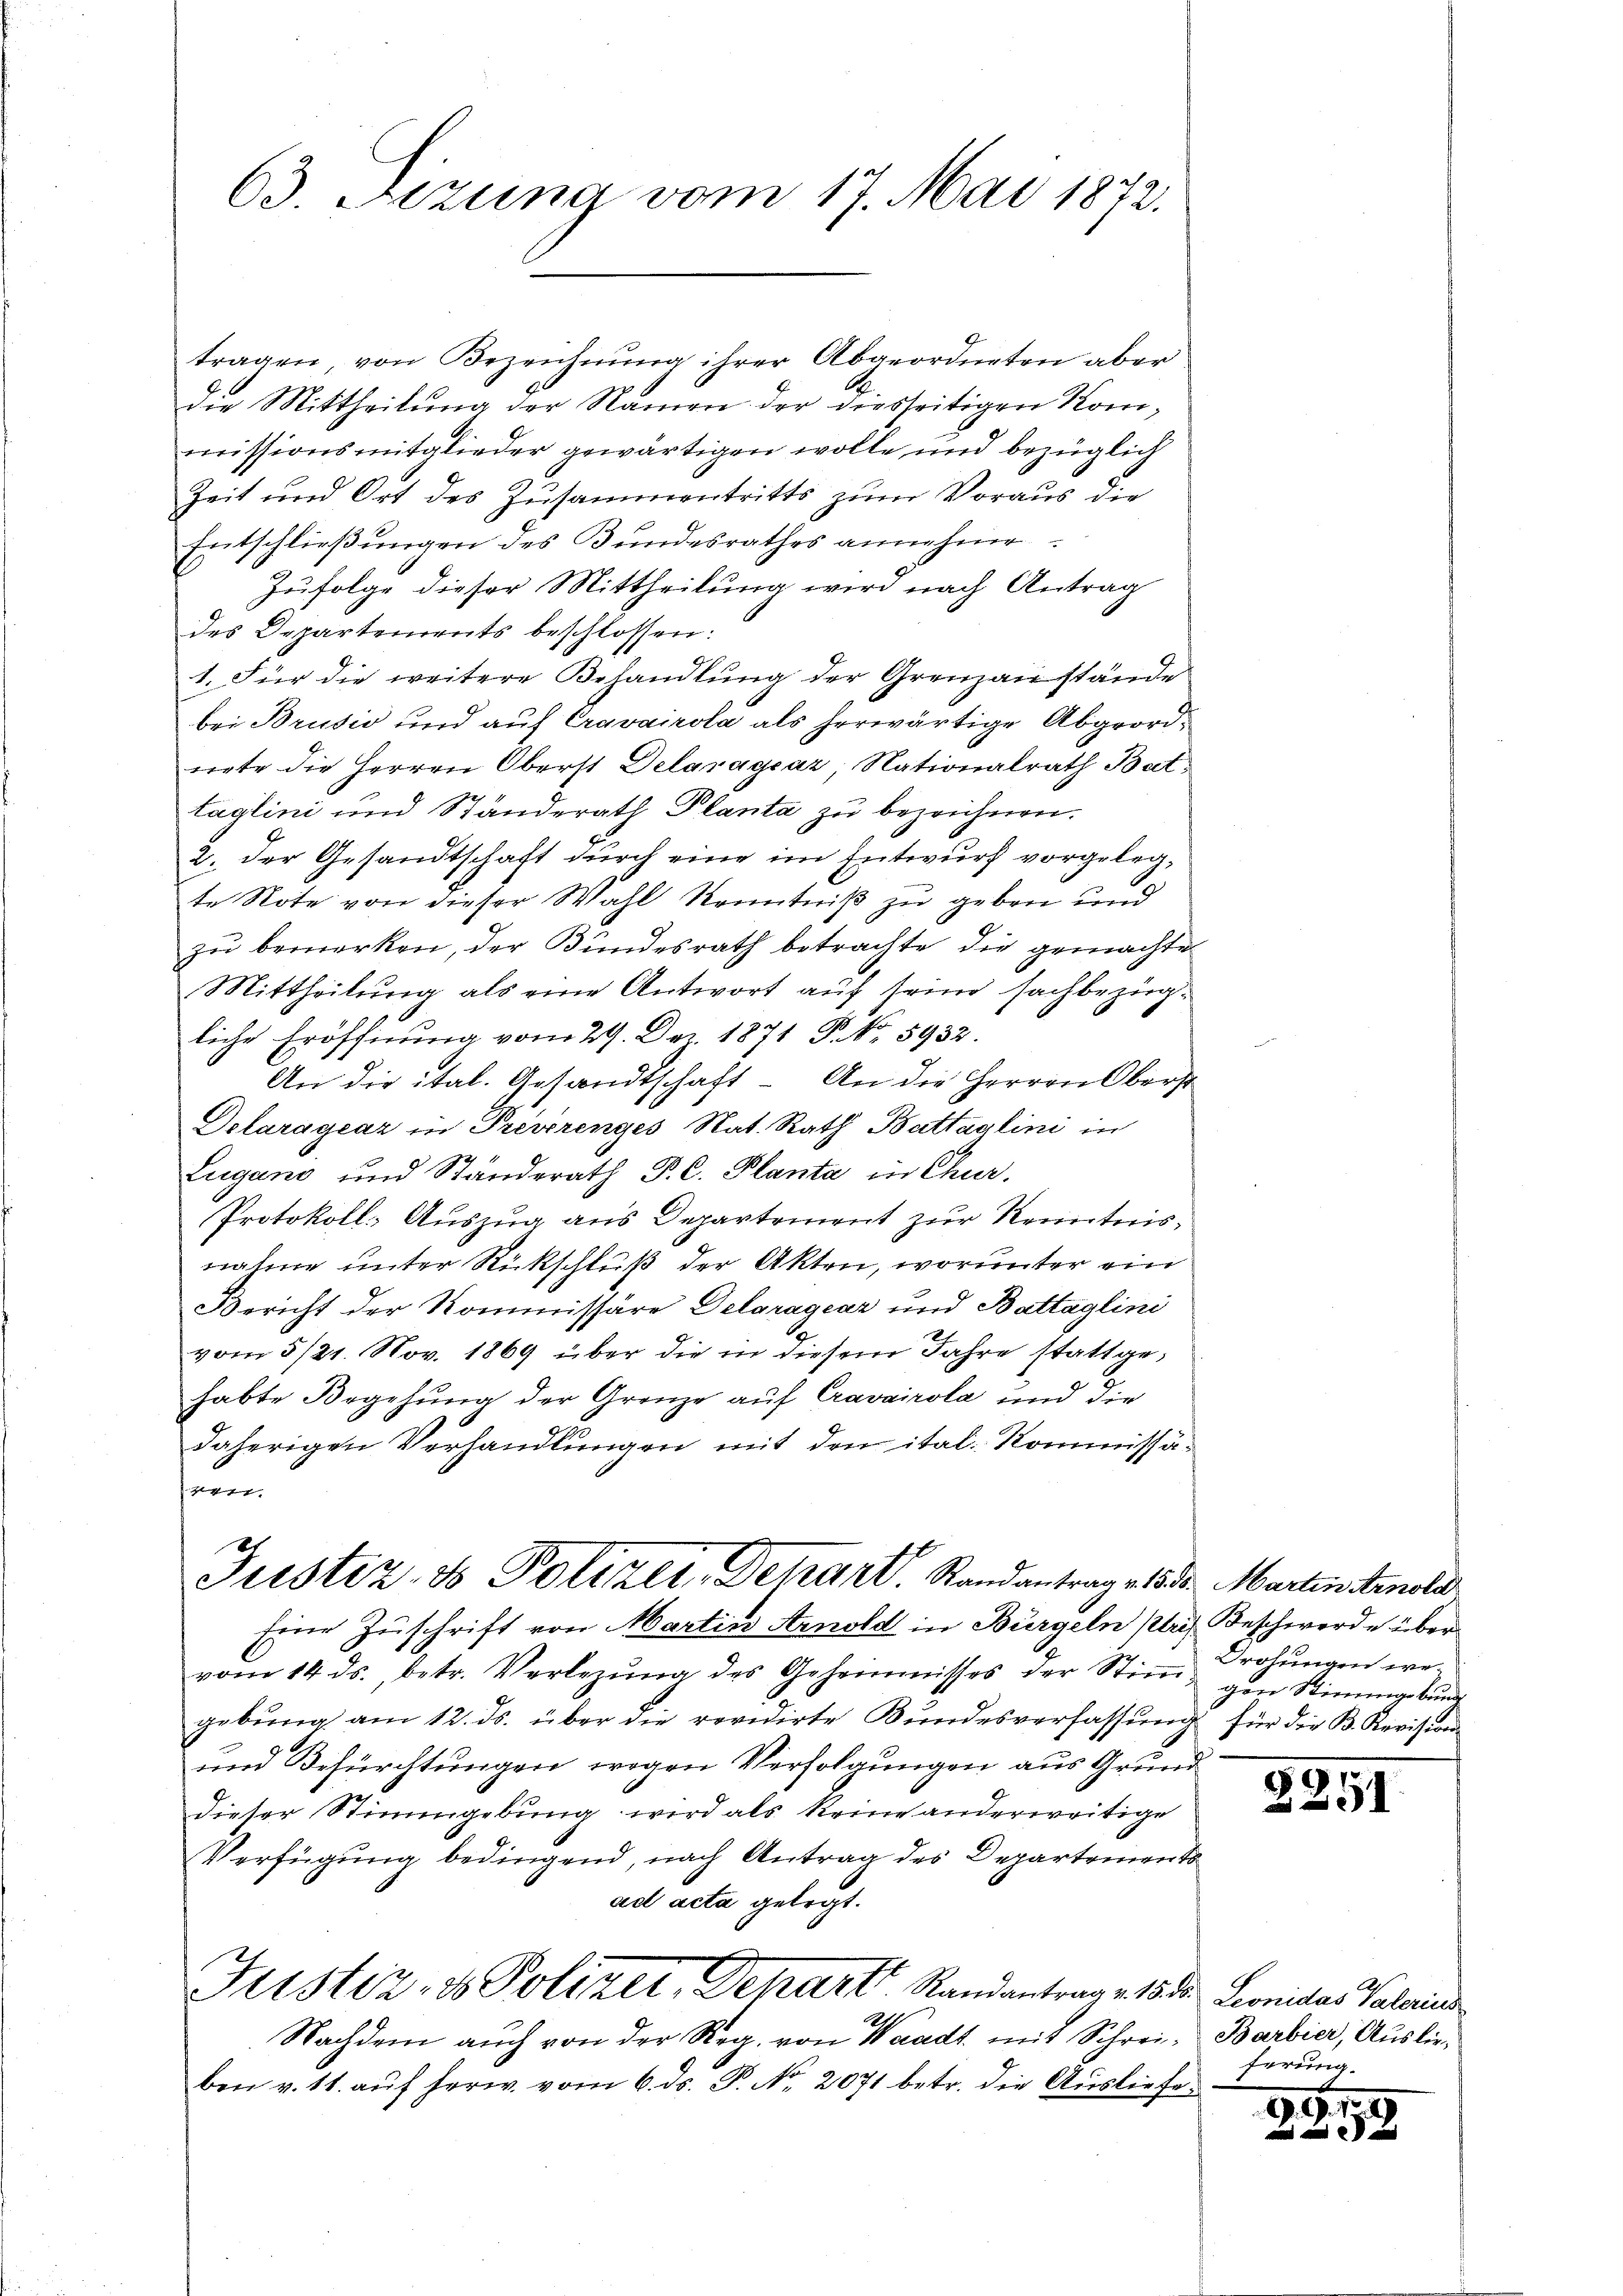
tragen, von Bezeichnŭng ihrer Abgeordneten aber
die Mittheilung der Namen der diesseitigen Kommissionsmitglieder gewärtigen wolle und bezüglich
Zeit und Ort des Zusammentritts zum Voraus die
Entschließungen des Bundesrathes annehme
Zufolge dieser Mittheilung wird nach Antrag
des Departements beschlossen:
1. Für die weitere Behandlung der Grenzanstände
bei Brusić und auf Cravairola als herwärtige Abgeordniete die Herren Oberst Delaragraz, Nationalrath Battaglini und Standerath Planta zu bezeichnen.
2. der Gesandtschaft durch eine im Entwurf vorgelegte Note von dieser Wahl Kenntniß zu geben und
zu bemerken, der Bundesrath betrachte die gemachte
Mittheilung als eine Antwort auf seine sachbezügliche Eröffnung vom 29. Dez. 1871 P. No 5932.
An die ital. Gesandtschaft - An die Herren Oberst
Delaragrar in Prestrenges Nat. Rath Battaglini in
Lugano und Ständerath P. C. Planta in Chur,
Protokoll: Auszug aus Departement zur Kenntnisnahme unter Rückschluß der Akten, worunter ein
Bericht der Kommissäre Delgragcar und Battaglini
vom 5/21. Nov. 1869 über die in diesem Jahre stattgehabte Begehung der Grenze auf Cravairola und die

daherigen Verhandlungen mit den ital. Kommissären.
Justiz- & Polizei, Depart. Standantrage 1830. Martinitrnold
Eine Zuschrift von Martin Arnold in Bürgeln plein Beschwerde über
vom 14. ds., betr. Verlegŭng des Gehemmnisses der Stim drohŭngen we
gebŭng am 12. ds. über die revidirte Bŭndesverfassŭng für die B. Revision
und Befürchtungen, wegen Verfolgungen aus Grund
dieser Stimmgebung wird als keine anderweitige
Verfügung bedingend, nach Antrag des Departements
ad acta gelegt.
Fustiz- & Polizer, Dehart Randantrag v. 1833. Leonidas Palais
Nachdem auch von der Reg. von Waadt mit Schreiben v. 11. aŭf herw. vom 6. ds. P. Nr. 2071 betr. die Ausliefe¬

63. Sitzung vom 17. Mai 1872.

gen Stimmgebung

2251

Barbier, Auslieferung.

22199